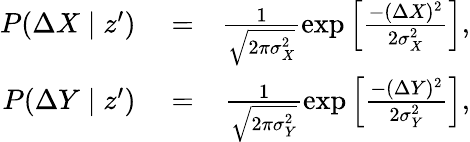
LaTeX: \begin{array}{rlr}{P(\Delta X\mid z^{\prime})}&{{}=}&{\frac{1}{\sqrt{2\pi\sigma_{X}^{2}}}\exp\left[\frac{-(\Delta X)^{2}}{2\sigma_{X}^{2}}\right],}\\ {P(\Delta Y\mid z^{\prime})}&{{}=}&{\frac{1}{\sqrt{2\pi\sigma_{Y}^{2}}}\exp\left[\frac{-(\Delta Y)^{2}}{2\sigma_{Y}^{2}}\right],}\end{array}